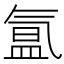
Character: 氲